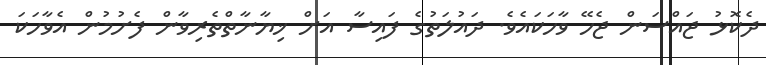
ދެކޮޅު ޖައްސަން ޖެހޭ ވާހަކައެވެ. ދައުލަތުގެ ފައިސާ އަށް ޚިޔާނާތްތެރިވާން ފެށުމުން އެވާހަކަ